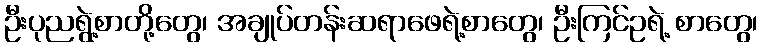
ဦးပုညရွဲ့စာတို့တွေ၊ အချုပ်တန်းဆရာဖေရဲ့စာတွေ၊ ဦးကြင်ဥရဲ့ စာတွေ၊